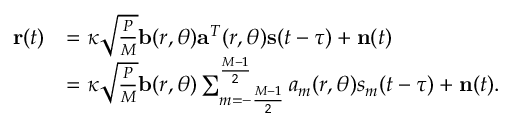
\begin{array} { r l } { { \bf { r } } ( t ) } & { = \kappa \sqrt { \frac { P } { M } } { \bf { b } } ( r , \theta ) { { \bf { a } } ^ { T } } ( r , \theta ) { \bf { s } } ( t - \tau ) + { \bf { n } } ( t ) } \\ & { = \kappa \sqrt { \frac { P } { M } } { \bf { b } } ( r , \theta ) \sum _ { m = - \frac { { M - 1 } } { 2 } } ^ { \frac { { M - 1 } } { 2 } } { { a _ { m } } ( r , \theta ) { s _ { m } } ( t - \tau ) } + { \bf { n } } ( t ) . } \end{array}